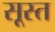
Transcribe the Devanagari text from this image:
सूस्त